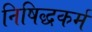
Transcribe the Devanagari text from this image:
निषिद्धकर्म